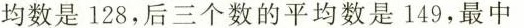
均数是128，后三个数的平均数是149，最中